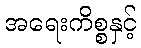
အရေးကိစ္စနှင့်